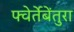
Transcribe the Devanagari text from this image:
फ्वेर्तेबेंतुरा